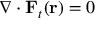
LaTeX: \nabla \cdot \mathbf { F } _ { t } ( \mathbf { r } ) = 0